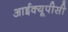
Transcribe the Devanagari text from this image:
आईक्यूपीसी